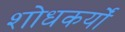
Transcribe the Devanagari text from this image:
शोधकर्यों